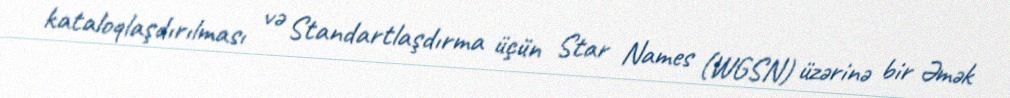
kataloqlaşdırılması və Standartlaşdırma üçün Star Names (WGSN) üzərinə bir Əmək